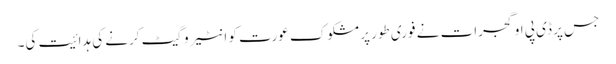
جس پر ڈی پی او گجرات نے فوری طور پر مشکوک عورت کو انٹیروگیٹ کرنے کی ہدائیت کی۔